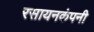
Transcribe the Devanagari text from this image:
रसायनकंपनी